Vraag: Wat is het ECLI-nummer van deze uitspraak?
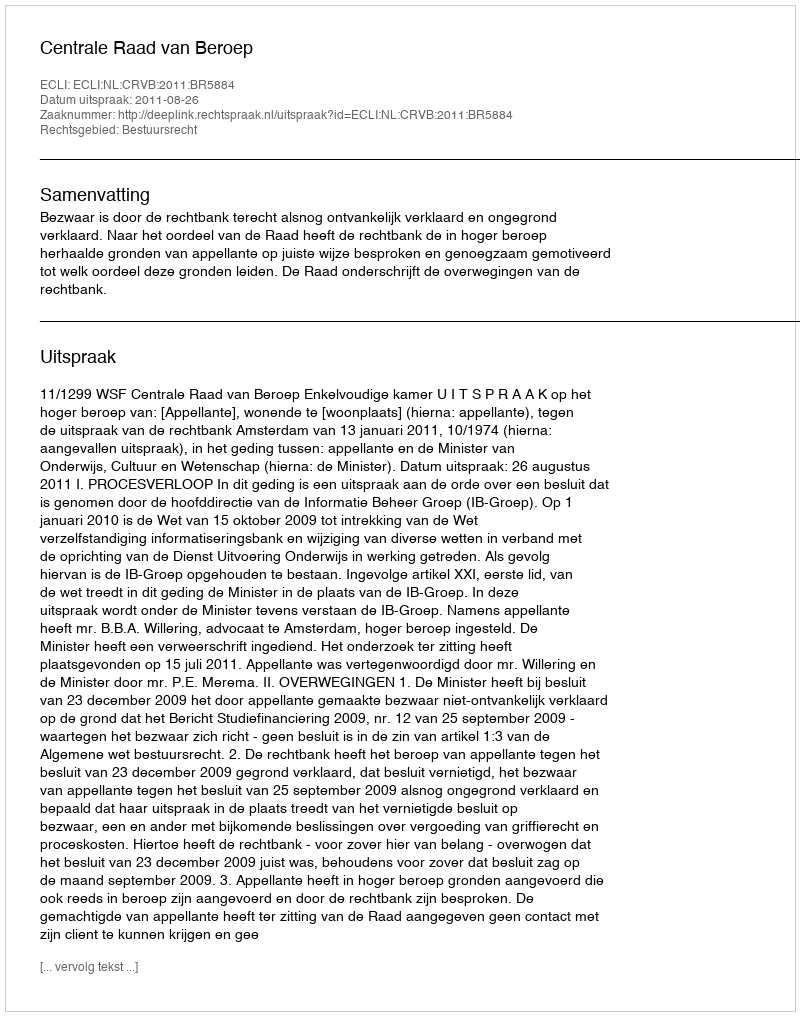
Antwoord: ECLI:NL:CRVB:2011:BR5884